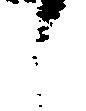
之